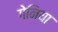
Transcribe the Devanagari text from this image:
गेनिया